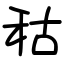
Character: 秙